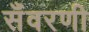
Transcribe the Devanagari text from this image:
सँवरणी